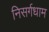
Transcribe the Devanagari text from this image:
निसर्गधाम